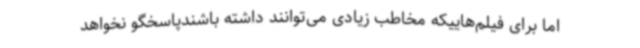
اما برای فیلم‌هاییکه مخاطب زیادی می‌توانند داشته باشندپاسخگو نخواهد